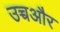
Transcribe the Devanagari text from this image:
उच्चऔर